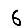
Digit: 6